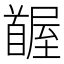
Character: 𩠭